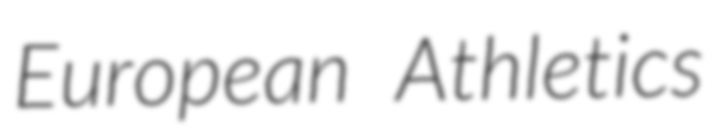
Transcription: European Athletics